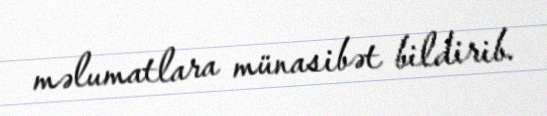
məlumatlara münasibət bildirib.